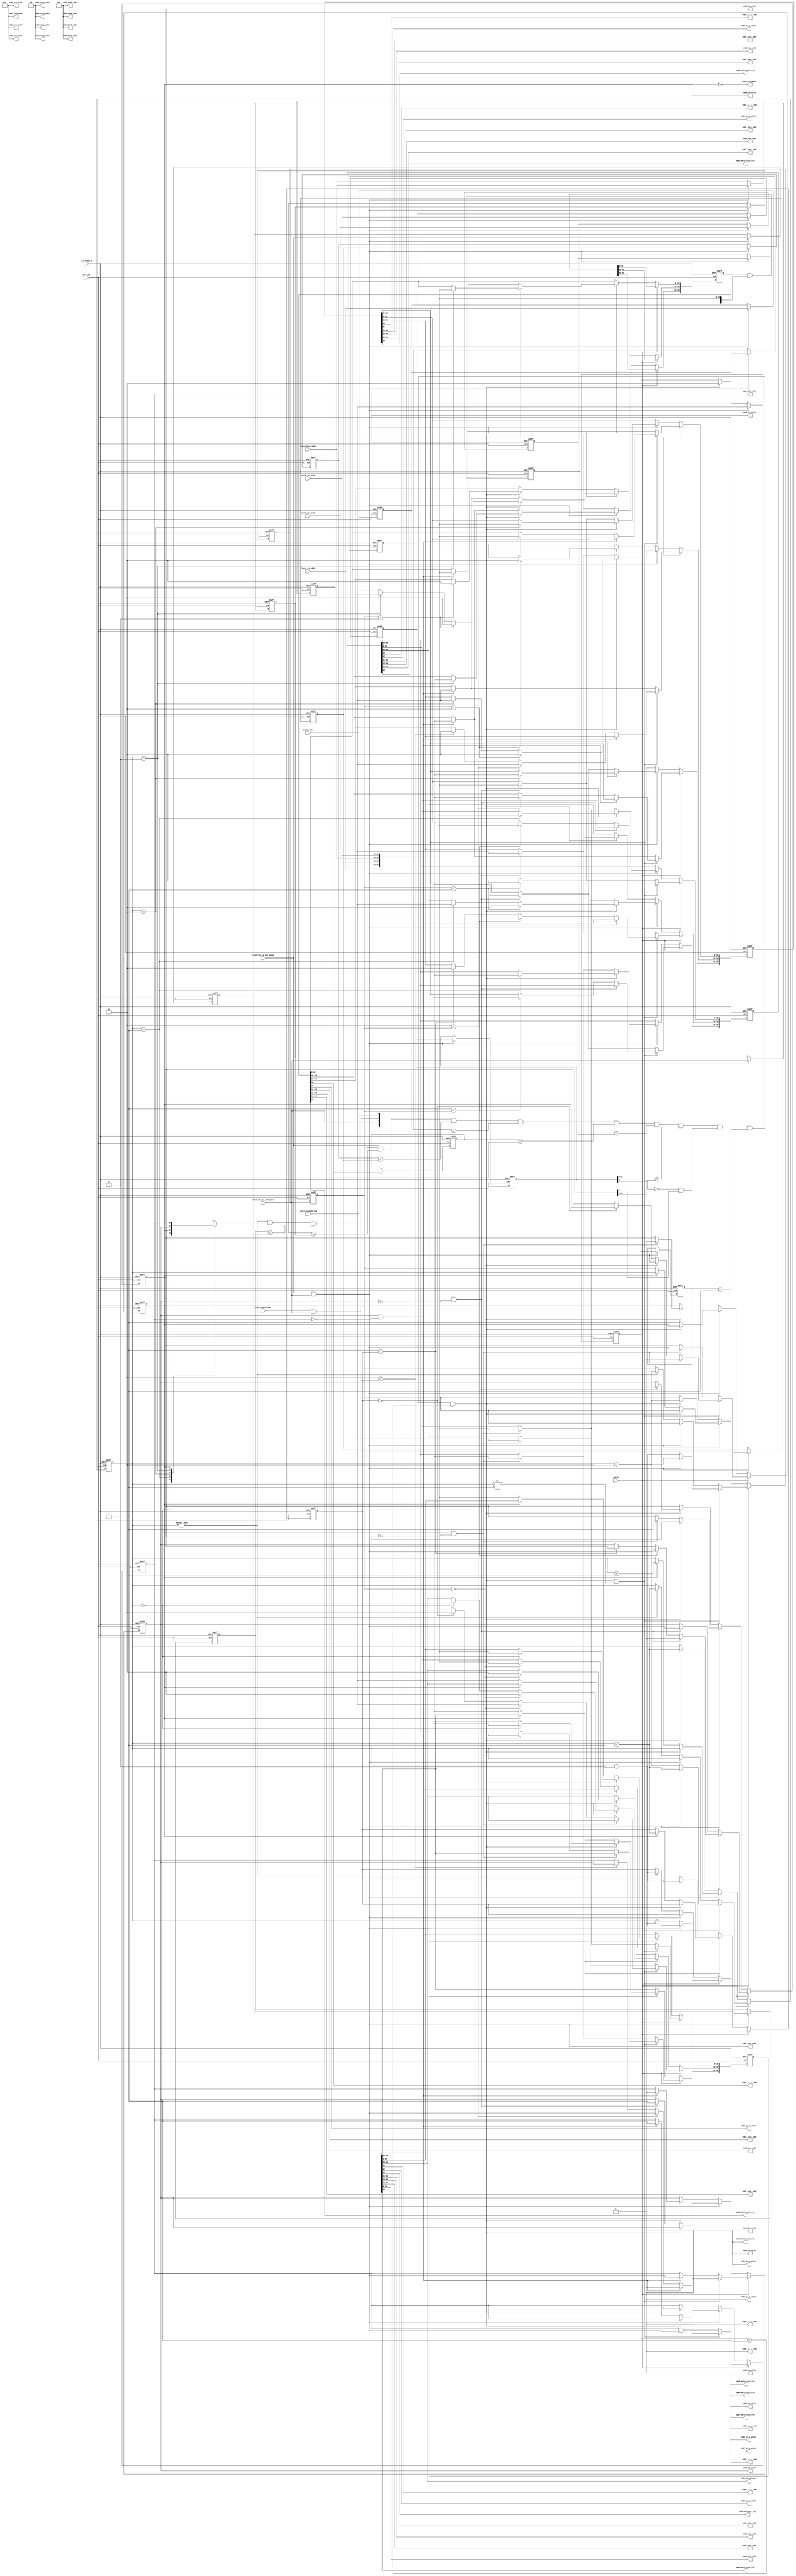
module ddr2_v10_1_alt_ddrx_cmd_queue 
    # (parameter	 MEM_IF_CSR_COL_WIDTH        = 4,
                     MEM_IF_CSR_ROW_WIDTH        = 5,
                     MEM_IF_CSR_BANK_WIDTH       = 2,
                     MEM_IF_CSR_CS_WIDTH         = 2, 
                     CTL_CMD_QUEUE_DEPTH         = 4,  
                     CTL_LOOK_AHEAD_DEPTH        = 4, 
                     MEM_IF_ROW_WIDTH            = 16, 
                     MEM_IF_COL_WIDTH            = 12,  
                     MEM_IF_BA_WIDTH             = 3,  
                     MEM_IF_CHIP_BITS            = 2,  
                     LOCAL_ADDR_WIDTH            = 33, 
                     DWIDTH_RATIO                = 4,
                     ENABLE_BURST_MERGE          = 1,
                     MIN_COL                     = 8,
                     MIN_ROW                     = 12,
                     MIN_BANK                    = 2,
                     MIN_CS                      = 1
	 )                                        
     (
	ctl_clk       , 								
	ctl_reset_n   ,                                                 		                                                	        
	read_req_to_cmd_queue  ,                                               		
	write_req_to_cmd_queue ,                                               		
	local_size      ,                                               		
	local_autopch_req ,  
    local_multicast ,
	local_cs_addr  	,
    local_bank_addr ,
    local_row_addr	,
    local_col_addr 	,
	                                                                                
	fetch,                                               	                                                           		                                                   		
                                                                        		
	cmd_fifo_empty, 			                                        
	cmd_fifo_full,   
	cmd_fifo_wren,
    
	cmd0_is_a_read,                                                                 
	cmd0_is_a_write,                                                                
	cmd0_autopch_req,                                                            
	cmd0_burstcount,                                                                
	cmd0_chip_addr,                                                                 
	cmd0_row_addr,                                                                  
	cmd0_bank_addr,                                                                 
	cmd0_col_addr,
	cmd0_is_valid,   
    cmd0_multicast_req,
	                                                                                
	cmd1_is_a_read,                                                                 
	cmd1_is_a_write,
	cmd1_chip_addr,                                                                 
	cmd1_row_addr,                                                                  
	cmd1_bank_addr,
	cmd1_is_valid,   
    cmd1_multicast_req,
	                                                                                
	cmd2_is_a_read,                                                                 
	cmd2_is_a_write,  
    cmd2_chip_addr,                                                                 
	cmd2_row_addr,                                                                  
	cmd2_bank_addr,
	cmd2_is_valid,  
    cmd2_multicast_req,
     
    cmd3_is_a_read,                                                                 
	cmd3_is_a_write,  
	cmd3_chip_addr,                                                                 
	cmd3_row_addr,                                                                  
	cmd3_bank_addr,		                                                                                                    		
	cmd3_is_valid, 
	cmd3_multicast_req,
    
    cmd4_is_a_read,                                                                 
	cmd4_is_a_write,
	cmd4_is_valid,                                                  		                                                           
	cmd4_chip_addr,                                                                 
	cmd4_row_addr,                                                  		
	cmd4_bank_addr,    
    cmd4_multicast_req,
	
    cmd5_is_a_read,                                                                 
	cmd5_is_a_write,
	cmd5_is_valid,                                                  		                                                          
	cmd5_chip_addr,                                                                 
	cmd5_row_addr,                                                  		
	cmd5_bank_addr,   
    cmd5_multicast_req,
	
    cmd6_is_a_read,                                                                 
	cmd6_is_a_write,
	cmd6_is_valid,                                                  		                                                         
	cmd6_chip_addr,                                                                 
	cmd6_row_addr,                                                  		
	cmd6_bank_addr,  
    cmd6_multicast_req,
	
    cmd7_is_a_read,                                                                 
	cmd7_is_a_write,
	cmd7_is_valid,                                                  		
	cmd7_chip_addr,                                                         
	cmd7_row_addr,                                                  		
	cmd7_bank_addr,
    cmd7_multicast_req
    ); 
    localparam   LOCAL_SIZE_WIDTH     = 2;
    localparam   BUFFER_WIDTH         = 1 + 1 + 1 + 1 + LOCAL_SIZE_WIDTH + MEM_IF_CHIP_BITS + MEM_IF_BA_WIDTH + MEM_IF_ROW_WIDTH + MEM_IF_COL_WIDTH;
    localparam   THIS_ENTRY_WIDTH     = 1 + 1 + 1 + MEM_IF_CHIP_BITS + MEM_IF_BA_WIDTH + MEM_IF_ROW_WIDTH + MEM_IF_COL_WIDTH;
    localparam   MAX_COL              = MEM_IF_COL_WIDTH;
    localparam   MAX_ROW              = MEM_IF_ROW_WIDTH;
    localparam   MAX_BANK             = MEM_IF_BA_WIDTH;
    localparam   MAX_CS               = MEM_IF_CHIP_BITS;
    
    input                		          ctl_clk       	; 	
    input                		          ctl_reset_n   	; 	
	                 		              
	input 		     		              read_req_to_cmd_queue  	;
	input 		     		              write_req_to_cmd_queue 	;
	input [LOCAL_SIZE_WIDTH-1:0]          local_size      	;
	input		     		              local_autopch_req ;
    input                                 local_multicast   ;
	input [MEM_IF_CHIP_BITS-1:0]          local_cs_addr	    ;
    input [MEM_IF_ROW_WIDTH-1:0]          local_row_addr    ;
    input [MEM_IF_BA_WIDTH-1:0]           local_bank_addr   ;
    input [MEM_IF_COL_WIDTH-1:0]          local_col_addr    ;
	output               		          cmd_fifo_empty	;      
	output               		          cmd_fifo_full	    ;    
    output                                cmd_fifo_wren     ;
	
	input 				                  fetch;
	
	output               		          cmd0_is_valid;
    output                		          cmd0_is_a_read;
    output                		          cmd0_is_a_write;
	output		     		              cmd0_autopch_req;
    output [LOCAL_SIZE_WIDTH-1:0]         cmd0_burstcount;
    output [MEM_IF_CHIP_BITS-1:0]         cmd0_chip_addr;
	output [MEM_IF_ROW_WIDTH-1:0]         cmd0_row_addr;
	output [MEM_IF_BA_WIDTH-1:0]          cmd0_bank_addr;
	output [MEM_IF_COL_WIDTH-1:0]         cmd0_col_addr;
    output                                cmd0_multicast_req;
	
	output               		          cmd1_is_valid;
    output                		          cmd1_is_a_read;
    output                		          cmd1_is_a_write;
    output [MEM_IF_CHIP_BITS-1:0]         cmd1_chip_addr;
	output [MEM_IF_ROW_WIDTH-1:0]         cmd1_row_addr;
	output [MEM_IF_BA_WIDTH-1:0]          cmd1_bank_addr;
    output                                cmd1_multicast_req;
	
	output               		          cmd2_is_valid;
    output                		          cmd2_is_a_read;
    output                		          cmd2_is_a_write;
    output [MEM_IF_CHIP_BITS-1:0]         cmd2_chip_addr;
	output [MEM_IF_ROW_WIDTH-1:0]         cmd2_row_addr;
	output [MEM_IF_BA_WIDTH-1:0]          cmd2_bank_addr;
    output                                cmd2_multicast_req;
	
	output               		          cmd3_is_valid;
    output                		          cmd3_is_a_read;
    output                		          cmd3_is_a_write;
    output [MEM_IF_CHIP_BITS-1:0]         cmd3_chip_addr;
	output [MEM_IF_ROW_WIDTH-1:0]         cmd3_row_addr;
	output [MEM_IF_BA_WIDTH-1:0]          cmd3_bank_addr;
    output                                cmd3_multicast_req;
	
    output                		          cmd4_is_a_read;
    output                		          cmd4_is_a_write;
	output               		          cmd4_is_valid;
	output [MEM_IF_CHIP_BITS-1:0]         cmd4_chip_addr;
	output [MEM_IF_ROW_WIDTH-1:0]         cmd4_row_addr;
	output [MEM_IF_BA_WIDTH-1:0]          cmd4_bank_addr;
    output                                cmd4_multicast_req;
    
    output                		          cmd5_is_a_read;
    output                		          cmd5_is_a_write;
	output               		          cmd5_is_valid;
	output [MEM_IF_CHIP_BITS-1:0]         cmd5_chip_addr;
	output [MEM_IF_ROW_WIDTH-1:0]         cmd5_row_addr; 
	output [MEM_IF_BA_WIDTH-1:0]          cmd5_bank_addr;
    output                                cmd5_multicast_req;
    
    output                		          cmd6_is_a_read;
    output                		          cmd6_is_a_write;
	output               		          cmd6_is_valid;
	output [MEM_IF_CHIP_BITS-1:0]         cmd6_chip_addr;
	output [MEM_IF_ROW_WIDTH-1:0]         cmd6_row_addr; 
	output [MEM_IF_BA_WIDTH-1:0]          cmd6_bank_addr;
    output                                cmd6_multicast_req;
    
    output                		          cmd7_is_a_read;
    output                		          cmd7_is_a_write;
	output               		          cmd7_is_valid;
	output [MEM_IF_CHIP_BITS-1:0]         cmd7_chip_addr;
	output [MEM_IF_ROW_WIDTH-1:0]         cmd7_row_addr; 
	output [MEM_IF_BA_WIDTH-1:0]          cmd7_bank_addr;
    output                                cmd7_multicast_req;
	
    integer                               n;
	integer                               j;
	integer                               k;
	integer                               m;
    
    reg [BUFFER_WIDTH-1:0]		          pipe[CTL_CMD_QUEUE_DEPTH-1:0];		
	reg 				                  pipefull[CTL_CMD_QUEUE_DEPTH-1:0];
    
    reg [LOCAL_SIZE_WIDTH-1:0]            last_size;
    reg                                   last_read_req;
    reg                                   last_write_req;
    reg                                   last_multicast;
    reg [MEM_IF_CHIP_BITS-1:0]            last_chip_addr;
    reg [MEM_IF_ROW_WIDTH-1:0]            last_row_addr;
    reg [MEM_IF_BA_WIDTH-1:0]             last_bank_addr;
    reg [MEM_IF_COL_WIDTH-1:0]            last_col_addr;
    
    reg [LOCAL_SIZE_WIDTH-1:0]            last2_size;
    reg                                   last2_read_req;
    reg                                   last2_write_req;
    reg                                   last2_multicast;
    reg [MEM_IF_CHIP_BITS-1:0]            last2_chip_addr;
    reg [MEM_IF_ROW_WIDTH-1:0]            last2_row_addr;
    reg [MEM_IF_BA_WIDTH-1:0]             last2_bank_addr;
    reg [MEM_IF_COL_WIDTH-1:0]            last2_col_addr;
    
	wire [MEM_IF_CHIP_BITS-1:0]           cs_addr  ;
	wire [MEM_IF_ROW_WIDTH-1:0]           row_addr ;
	wire [MEM_IF_BA_WIDTH-1:0]            bank_addr;
	wire [MEM_IF_COL_WIDTH-1:0]           col_addr ;
    
	wire 		     		              read_req_to_cmd_queue  	;
	wire 		     		              write_req_to_cmd_queue 	;
	wire		     		              local_autopch_req ;
    wire                                  local_multicast;
    wire                                  local_multicast_gated;
	wire  [LOCAL_SIZE_WIDTH-1:0] 	      local_size;
	wire				                  fetch;
	wire [BUFFER_WIDTH-1:0]		          buffer_input;
	wire				                  wreq_to_fifo;  

    wire [MEM_IF_CHIP_BITS-1:0]           pipe_chip_addr     [CTL_CMD_QUEUE_DEPTH-1:0];
    wire [MEM_IF_ROW_WIDTH-1:0]           pipe_row_addr      [CTL_CMD_QUEUE_DEPTH-1:0];
    wire [MEM_IF_BA_WIDTH-1:0]            pipe_bank_addr     [CTL_CMD_QUEUE_DEPTH-1:0];
    wire [MEM_IF_COL_WIDTH-1:0]           pipe_col_addr      [CTL_CMD_QUEUE_DEPTH-1:0];
    wire                                  pipe_read_req      [CTL_CMD_QUEUE_DEPTH-1:0];
    wire                                  pipe_write_req     [CTL_CMD_QUEUE_DEPTH-1:0];
    wire                                  pipe_autopch_req   [CTL_CMD_QUEUE_DEPTH-1:0];
    wire                                  pipe_multicast_req [CTL_CMD_QUEUE_DEPTH-1:0];
    wire [LOCAL_SIZE_WIDTH-1:0]           pipe_burstcount    [CTL_CMD_QUEUE_DEPTH-1:0];
    
	reg  [log2(CTL_CMD_QUEUE_DEPTH)-1:0]    last;
    reg  [log2(CTL_CMD_QUEUE_DEPTH)-1:0]    last_minus_one;
    reg  [log2(CTL_CMD_QUEUE_DEPTH)-1:0]    last_minus_two;
    wire                                  can_merge;

    wire                                  cmd_fifo_wren;
	wire				                  cmd0_is_valid;
	wire                		          cmd0_is_a_read;
	wire                		          cmd0_is_a_write;
	wire		     		              cmd0_autopch_req;
	wire [LOCAL_SIZE_WIDTH-1:0]           cmd0_burstcount;
	wire [MEM_IF_CHIP_BITS-1:0]           cmd0_chip_addr;
	wire [MEM_IF_ROW_WIDTH-1:0]           cmd0_row_addr;
	wire [MEM_IF_BA_WIDTH-1:0]            cmd0_bank_addr;
	wire [MEM_IF_COL_WIDTH-1:0]           cmd0_col_addr;
    wire                                  cmd0_multicast_req;

	wire               		              cmd1_is_valid;
    wire                		          cmd1_is_a_read;
    wire                		          cmd1_is_a_write;
    wire [MEM_IF_CHIP_BITS-1:0]           cmd1_chip_addr;
	wire [MEM_IF_ROW_WIDTH-1:0]           cmd1_row_addr;
	wire [MEM_IF_BA_WIDTH-1:0]            cmd1_bank_addr;
    wire                                  cmd1_multicast_req;

	wire               		              cmd2_is_valid;
    wire                		          cmd2_is_a_read;
    wire                		          cmd2_is_a_write;
    wire [MEM_IF_CHIP_BITS-1:0]           cmd2_chip_addr;
	wire [MEM_IF_ROW_WIDTH-1:0]           cmd2_row_addr;
	wire [MEM_IF_BA_WIDTH-1:0]            cmd2_bank_addr;
    wire                                  cmd2_multicast_req;

	wire               		              cmd3_is_valid;
    wire                		          cmd3_is_a_read;
    wire                		          cmd3_is_a_write;
    wire [MEM_IF_CHIP_BITS-1:0]           cmd3_chip_addr;
	wire [MEM_IF_ROW_WIDTH-1:0]           cmd3_row_addr;
	wire [MEM_IF_BA_WIDTH-1:0]            cmd3_bank_addr;
    wire                                  cmd3_multicast_req;
    
    wire                		          cmd4_is_a_read;
    wire                		          cmd4_is_a_write;
	wire               		              cmd4_is_valid;
	wire [MEM_IF_CHIP_BITS-1:0]           cmd4_chip_addr;
	wire [MEM_IF_ROW_WIDTH-1:0]           cmd4_row_addr; 
	wire [MEM_IF_BA_WIDTH-1:0]            cmd4_bank_addr;
    wire                                  cmd4_multicast_req;
    
    wire                		          cmd5_is_a_read;
    wire                		          cmd5_is_a_write;
	wire               		              cmd5_is_valid;
	wire [MEM_IF_CHIP_BITS-1:0]           cmd5_chip_addr;
	wire [MEM_IF_ROW_WIDTH-1:0]           cmd5_row_addr; 
	wire [MEM_IF_BA_WIDTH-1:0]            cmd5_bank_addr;
    wire                                  cmd5_multicast_req;
    
    wire                		          cmd6_is_a_read;
    wire                		          cmd6_is_a_write;
	wire               		              cmd6_is_valid;
	wire [MEM_IF_CHIP_BITS-1:0]           cmd6_chip_addr;
	wire [MEM_IF_ROW_WIDTH-1:0]           cmd6_row_addr; 
	wire [MEM_IF_BA_WIDTH-1:0]            cmd6_bank_addr;
    wire                                  cmd6_multicast_req;
    
    wire                		          cmd7_is_a_read;
    wire                		          cmd7_is_a_write;
	wire               		              cmd7_is_valid;
	wire [MEM_IF_CHIP_BITS-1:0]           cmd7_chip_addr;
	wire [MEM_IF_ROW_WIDTH-1:0]           cmd7_row_addr; 
	wire [MEM_IF_BA_WIDTH-1:0]            cmd7_bank_addr;
    wire                                  cmd7_multicast_req;

    genvar 			      	              i;     
    
    assign cs_addr = local_cs_addr;
    assign bank_addr = local_bank_addr;
    assign row_addr = local_row_addr;
    assign col_addr = local_col_addr;

    assign local_multicast_gated = local_multicast & write_req_to_cmd_queue;

	assign buffer_input = {read_req_to_cmd_queue,write_req_to_cmd_queue,local_multicast_gated,local_autopch_req,local_size,cs_addr,row_addr,bank_addr,col_addr};
	
    generate begin
        for(i=0; i<CTL_CMD_QUEUE_DEPTH; i=i+1) begin : pipe_loop
            assign pipe_read_req[i]         = pipe[i][BUFFER_WIDTH-1];
            assign pipe_write_req[i]        = pipe[i][BUFFER_WIDTH-2];
            assign pipe_multicast_req[i]    = pipe[i][BUFFER_WIDTH-3];
            assign pipe_autopch_req[i]      = pipe[i][BUFFER_WIDTH-4];
            assign pipe_burstcount[i]       = pipe[i][LOCAL_SIZE_WIDTH + MEM_IF_CHIP_BITS + MEM_IF_ROW_WIDTH  + MEM_IF_BA_WIDTH + MEM_IF_COL_WIDTH - 1 : MEM_IF_CHIP_BITS + MEM_IF_ROW_WIDTH  + MEM_IF_BA_WIDTH + MEM_IF_COL_WIDTH];
            assign pipe_chip_addr[i]        = pipe[i][MEM_IF_CHIP_BITS + MEM_IF_ROW_WIDTH  + MEM_IF_BA_WIDTH + MEM_IF_COL_WIDTH - 1 : MEM_IF_ROW_WIDTH  + MEM_IF_BA_WIDTH + MEM_IF_COL_WIDTH];
            assign pipe_row_addr[i]         = pipe[i][MEM_IF_ROW_WIDTH  + MEM_IF_BA_WIDTH + MEM_IF_COL_WIDTH - 1 : MEM_IF_BA_WIDTH + MEM_IF_COL_WIDTH];
            assign pipe_bank_addr[i]        = pipe[i][MEM_IF_BA_WIDTH + MEM_IF_COL_WIDTH - 1 : MEM_IF_COL_WIDTH];
            assign pipe_col_addr[i]         = pipe[i][MEM_IF_COL_WIDTH - 1 : 0];
        end
    end
	endgenerate 
    
    assign cmd0_is_valid                = pipefull[0];
    assign cmd0_is_a_read               = pipe_read_req   [0];
    assign cmd0_is_a_write              = pipe_write_req  [0];
    assign cmd0_autopch_req             = pipe_autopch_req[0];
    assign cmd0_burstcount              = pipe_burstcount [0];
    assign cmd0_chip_addr               = pipe_chip_addr  [0];
    assign cmd0_row_addr                = pipe_row_addr   [0];
    assign cmd0_bank_addr               = pipe_bank_addr  [0];
    assign cmd0_col_addr                = pipe_col_addr   [0];
    assign cmd0_multicast_req           = pipe_multicast_req [0];
    
    generate
        if (CTL_LOOK_AHEAD_DEPTH > 0)
            begin
                assign cmd1_is_valid                = pipefull[1];
                assign cmd1_is_a_read               = pipe_read_req   [1];
                assign cmd1_is_a_write              = pipe_write_req  [1];
                assign cmd1_chip_addr               = pipe_chip_addr  [1];
                assign cmd1_row_addr                = pipe_row_addr   [1];
                assign cmd1_bank_addr               = pipe_bank_addr  [1];
                assign cmd1_multicast_req           = pipe_multicast_req [1];
            end
        else
            begin
                assign cmd1_is_valid                = 0;
                assign cmd1_is_a_read               = 0;
                assign cmd1_is_a_write              = 0;
                assign cmd1_chip_addr               = 0;
                assign cmd1_row_addr                = 0;
                assign cmd1_bank_addr               = 0;
                assign cmd1_multicast_req           = 0;
            end
    endgenerate
    
    generate
        if (CTL_LOOK_AHEAD_DEPTH > 2)
            begin
                assign cmd2_is_valid                = pipefull[2];
                assign cmd2_is_a_read               = pipe_read_req   [2];
                assign cmd2_is_a_write              = pipe_write_req  [2];
                assign cmd2_chip_addr               = pipe_chip_addr  [2];
                assign cmd2_row_addr                = pipe_row_addr   [2];
                assign cmd2_bank_addr               = pipe_bank_addr  [2];
                assign cmd2_multicast_req           = pipe_multicast_req [2];
                
                assign cmd3_is_valid                = pipefull[3];
                assign cmd3_is_a_read               = pipe_read_req   [3];
                assign cmd3_is_a_write              = pipe_write_req  [3];
                assign cmd3_chip_addr               = pipe_chip_addr  [3];
                assign cmd3_row_addr                = pipe_row_addr   [3];
                assign cmd3_bank_addr               = pipe_bank_addr  [3];
                assign cmd3_multicast_req           = pipe_multicast_req [3];
            end
        else
            begin
                assign cmd2_is_valid                = 0;
                assign cmd2_is_a_read               = 0;
                assign cmd2_is_a_write              = 0;
                assign cmd2_chip_addr               = 0;
                assign cmd2_row_addr                = 0;
                assign cmd2_bank_addr               = 0;
                assign cmd2_multicast_req           = 0;
                
                assign cmd3_is_valid                = 0;
                assign cmd3_is_a_read               = 0;
                assign cmd3_is_a_write              = 0;
                assign cmd3_chip_addr               = 0;
                assign cmd3_row_addr                = 0;
                assign cmd3_bank_addr               = 0;
                assign cmd3_multicast_req           = 0;
            end
    endgenerate
    
    generate
        if (CTL_LOOK_AHEAD_DEPTH > 4)
            begin
                assign cmd4_is_valid                = pipefull[4];
                assign cmd4_is_a_read               = pipe_read_req [4];
                assign cmd4_is_a_write              = pipe_write_req[4];
                assign cmd4_chip_addr               = pipe_chip_addr[4];
                assign cmd4_row_addr                = pipe_row_addr [4];
                assign cmd4_bank_addr               = pipe_bank_addr[4];
                assign cmd4_multicast_req           = pipe_multicast_req [4];
                
                assign cmd5_is_valid                = pipefull[5];
                assign cmd5_is_a_read               = pipe_read_req [5];
                assign cmd5_is_a_write              = pipe_write_req[5];
                assign cmd5_chip_addr               = pipe_chip_addr[5];
                assign cmd5_row_addr                = pipe_row_addr [5];
                assign cmd5_bank_addr               = pipe_bank_addr[5];
                assign cmd5_multicast_req           = pipe_multicast_req [5];
            end
        else
            begin
                assign cmd4_is_valid                = 0;
                assign cmd4_is_a_read               = 0;
                assign cmd4_is_a_write              = 0;
                assign cmd4_chip_addr               = 0;
                assign cmd4_row_addr                = 0;
                assign cmd4_bank_addr               = 0;
                assign cmd4_multicast_req           = 0;
                
                assign cmd5_is_valid                = 0;
                assign cmd5_is_a_read               = 0;
                assign cmd5_is_a_write              = 0;
                assign cmd5_chip_addr               = 0;
                assign cmd5_row_addr                = 0;
                assign cmd5_bank_addr               = 0;
                assign cmd5_multicast_req           = 0;
            end
    endgenerate
    
    generate
        if (CTL_LOOK_AHEAD_DEPTH > 6)
            begin
                assign cmd6_is_valid                = pipefull[6];
                assign cmd6_is_a_read               = pipe_read_req [6];
                assign cmd6_is_a_write              = pipe_write_req[6];
                assign cmd6_chip_addr               = pipe_chip_addr[6];
                assign cmd6_row_addr                = pipe_row_addr [6];
                assign cmd6_bank_addr               = pipe_bank_addr[6];
                assign cmd6_multicast_req           = pipe_multicast_req [6];
                
                assign cmd7_is_valid                = pipefull[7];
                assign cmd7_is_a_read               = pipe_read_req [7];
                assign cmd7_is_a_write              = pipe_write_req[7];
                assign cmd7_chip_addr               = pipe_chip_addr[7];
                assign cmd7_row_addr                = pipe_row_addr [7];
                assign cmd7_bank_addr               = pipe_bank_addr[7];
                assign cmd7_multicast_req           = pipe_multicast_req [7];
            end
        else
            begin
                assign cmd6_is_valid                = 0;
                assign cmd6_is_a_read               = 0;
                assign cmd6_is_a_write              = 0;
                assign cmd6_chip_addr               = 0;
                assign cmd6_row_addr                = 0;
                assign cmd6_bank_addr               = 0;
                assign cmd6_multicast_req           = 0;
                
                assign cmd7_is_valid                = 0;
                assign cmd7_is_a_read               = 0;
                assign cmd7_is_a_write              = 0;
                assign cmd7_chip_addr               = 0;
                assign cmd7_row_addr                = 0;
                assign cmd7_bank_addr               = 0;
                assign cmd7_multicast_req           = 0;
            end
    endgenerate
    
	
	
    always @(posedge ctl_clk or negedge ctl_reset_n) begin   
         if (!ctl_reset_n) begin
             last_read_req      <= 1'b0; 
             last_write_req     <= 1'b0; 
             last_chip_addr     <= {MEM_IF_CHIP_BITS{1'b0}}; 
             last_row_addr      <= {MEM_IF_ROW_WIDTH{1'b0}}; 
             last_bank_addr     <= {MEM_IF_BA_WIDTH{1'b0}}; 
             last_col_addr      <= {MEM_IF_COL_WIDTH{1'b0}}; 
             last_size          <= {LOCAL_SIZE_WIDTH{1'b0}}; 
             last_multicast     <= 1'b0;
         end
         else  if (wreq_to_fifo) begin
                    last_read_req   <= read_req_to_cmd_queue;
                    last_write_req  <= write_req_to_cmd_queue;
                    last_multicast  <= local_multicast_gated;
                    last_chip_addr  <= cs_addr;
                    last_bank_addr  <= bank_addr;
                    last_row_addr   <= row_addr;
                    last_col_addr   <= col_addr;
                    last_size       <= local_size;
         end
         else if (can_merge)
             last_size          <= 2;
    end
    
    always @(posedge ctl_clk or negedge ctl_reset_n) begin   
         if (!ctl_reset_n) begin
             last2_read_req     <= 1'b0; 
             last2_write_req    <= 1'b0; 
             last2_chip_addr    <= {MEM_IF_CHIP_BITS{1'b0}}; 
             last2_row_addr     <= {MEM_IF_ROW_WIDTH{1'b0}}; 
             last2_bank_addr    <= {MEM_IF_BA_WIDTH{1'b0}}; 
             last2_col_addr     <= {MEM_IF_COL_WIDTH{1'b0}}; 
             last2_size         <= {LOCAL_SIZE_WIDTH{1'b0}}; 
             last2_multicast    <= 1'b0;
         end
         else  if (wreq_to_fifo) begin
                    last2_read_req  <= last_read_req;
                    last2_write_req <= last_write_req;
                    last2_multicast <= last_multicast;
                    last2_chip_addr <= last_chip_addr;
                    last2_bank_addr <= last_bank_addr;
                    last2_row_addr  <= last_row_addr;
                    last2_col_addr  <= last_col_addr;
                    last2_size      <= last_size;
         end
    end
    
    always @(posedge ctl_clk or negedge ctl_reset_n) begin
        if (!ctl_reset_n) begin
            last <= 0;
            last_minus_one <= 0;
            last_minus_two <= 0;
        end
        else 
            if (fetch) begin                    
                if (can_merge && last != 1)
                    begin
                        if (wreq_to_fifo)
                            begin
                                last <=  last - 1;
                                last_minus_one <=  last - 2;
                                last_minus_two <=  last - 3;
                            end
                        else
                            begin
                                last <=  last - 2;
                                last_minus_one <=  last - 3;
                                last_minus_two <=  last - 4;
                            end
                    end
                else
                    begin
                        if (wreq_to_fifo) begin
                        end
                        else if (last != 0)
                            begin
                                last <=  last - 1;
                                last_minus_one <=  last - 2;
                                last_minus_two <=  last - 3;
                            end
                    end
            end
            else if (wreq_to_fifo) begin   
                if (can_merge)
                    begin
                    end
                else
                    if (!cmd_fifo_empty)
                        begin
                            last <=  last + 1;
                            last_minus_one <=  last;
                            last_minus_two <=  last - 1;
                        end
            end
            else if (can_merge)
                begin
                    last <=  last - 1;
                    last_minus_one <=  last - 2;
                    last_minus_two <=  last - 3;
                end
    end
    
    assign  can_merge   =   (ENABLE_BURST_MERGE == 1) ?
                            last != 0
                            & pipefull[last]
                            & last2_read_req == last_read_req
                            & last2_write_req == last_write_req
                            & last2_multicast == last_multicast
                            & last2_chip_addr == last_chip_addr
                            & last2_bank_addr == last_bank_addr
                            & last2_row_addr == last_row_addr
                            & ((DWIDTH_RATIO == 2) ? (last2_col_addr[MEM_IF_COL_WIDTH-1 : 2] == last_col_addr[MEM_IF_COL_WIDTH-1 : 2]) : (last2_col_addr[MEM_IF_COL_WIDTH-1 : 3] == last_col_addr[MEM_IF_COL_WIDTH-1 : 3]) )
                            & ((DWIDTH_RATIO == 2) ? (last2_col_addr[1] == 0 & last_col_addr[1] == 1) : (last2_col_addr[2] == 0 & last_col_addr[2] == 1) )
                            & last2_size == 1 & last_size == 1
                            :
                            1'b0;
	

    
    assign wreq_to_fifo = (read_req_to_cmd_queue) | (write_req_to_cmd_queue);
    assign cmd_fifo_wren = (read_req_to_cmd_queue) | (write_req_to_cmd_queue);
	assign cmd_fifo_empty = !pipefull[0];
	assign cmd_fifo_full = pipefull[CTL_CMD_QUEUE_DEPTH-1];
    
    always @(posedge ctl_clk or negedge ctl_reset_n) begin
        if (!ctl_reset_n) begin
            for(j=0; j<CTL_CMD_QUEUE_DEPTH; j=j+1) begin
                pipefull[j] <= 1'b0;
                pipe[j] <= 0;
            end
        end
        else 
            if (fetch) begin                    
                if (can_merge && last != 1)
                    begin
                        for(j=0; j<CTL_CMD_QUEUE_DEPTH-1; j=j+1) begin
                            if(pipefull[j] == 1'b1 & pipefull[j+1] == 1'b0) begin
                                pipefull[j] <= 1'b0;
                            end
                            else if (j == last_minus_one) begin
                                pipefull[j] <= wreq_to_fifo;
                                pipe[j] <= buffer_input;
                            end
                            else if (j == last_minus_two) begin
                                pipe[j] <= {pipe[j+1][BUFFER_WIDTH-1:BUFFER_WIDTH-4],2'd2,pipe[j+1][BUFFER_WIDTH-7:0]};
                            end
                            else begin
                                pipefull[j] <= pipefull[j+1];
                                pipe[j] <= pipe[j+1];
                            end
                        end
                        pipefull[CTL_CMD_QUEUE_DEPTH-1] <= 1'b0;
                        pipe[CTL_CMD_QUEUE_DEPTH-1] <= pipe[CTL_CMD_QUEUE_DEPTH-1] & buffer_input;
                    end
                else
                    begin
                        for(j=0; j<CTL_CMD_QUEUE_DEPTH-1; j=j+1) begin
                            if(pipefull[j] == 1'b1 & pipefull[j+1] == 1'b0) begin
                                pipefull[j] <= wreq_to_fifo;
                                pipe[j] <= buffer_input;
                            end
                            else begin
                                pipefull[j] <= pipefull[j+1];
                                pipe[j] <= pipe[j+1];
                            end
                        end
                        pipefull[CTL_CMD_QUEUE_DEPTH-1] <= pipefull[CTL_CMD_QUEUE_DEPTH-1] & wreq_to_fifo;
                        pipe[CTL_CMD_QUEUE_DEPTH-1] <= pipe[CTL_CMD_QUEUE_DEPTH-1] & buffer_input;
                    end
            end
            else if (wreq_to_fifo) begin   
                if (can_merge)
                    begin
                        pipe[last] <= buffer_input;
                        pipe[last_minus_one][LOCAL_SIZE_WIDTH + MEM_IF_CHIP_BITS + MEM_IF_ROW_WIDTH  + MEM_IF_BA_WIDTH + MEM_IF_COL_WIDTH - 1 : MEM_IF_CHIP_BITS + MEM_IF_ROW_WIDTH  + MEM_IF_BA_WIDTH + MEM_IF_COL_WIDTH] <= 2;
                    end
                else
                    begin
                        for(j=1; j<CTL_CMD_QUEUE_DEPTH; j=j+1) begin
                            if(pipefull[j-1] == 1'b1 & pipefull[j] == 1'b0) begin
                                pipefull[j] <= 1'b1;
                                pipe[j] <= buffer_input;
                            end
                        end
                        if(pipefull[0] == 1'b0) begin
                            pipefull[0] <= 1'b1;
                            pipe[0] <= buffer_input;
                        end
                    end
            end
            else if (can_merge)
                begin
                    for(j=0; j<CTL_CMD_QUEUE_DEPTH-1; j=j+1) begin
                        if(pipefull[j] == 1'b1 & pipefull[j+1] == 1'b0)
                            pipefull[j] <= 1'b0;
                        else
                            pipefull[j] <= pipefull[j+1];
                    end
                    pipefull[CTL_CMD_QUEUE_DEPTH-1] <= 1'b0;
                    pipe[last_minus_one][LOCAL_SIZE_WIDTH + MEM_IF_CHIP_BITS + MEM_IF_ROW_WIDTH  + MEM_IF_BA_WIDTH + MEM_IF_COL_WIDTH - 1 : MEM_IF_CHIP_BITS + MEM_IF_ROW_WIDTH  + MEM_IF_BA_WIDTH + MEM_IF_COL_WIDTH] <= 2;
                end
    end
    

    function integer log2;  
           input integer value;
           begin
               for (log2=0; value>0; log2=log2+1)
                   value = value>>1;
               log2 = log2 - 1;
           end
    endfunction
    
endmodule